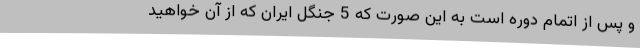
و پس از اتمام دوره است به این صورت که 5 جنگل ایران که از آن خواهید